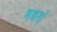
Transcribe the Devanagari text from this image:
मन्नतों